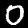
Digit: 0